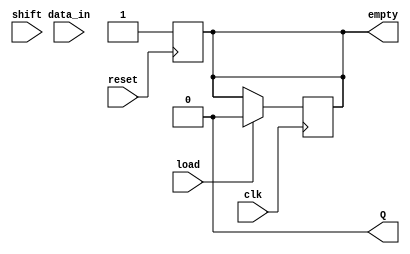
module fifo_piso #(
    parameter WIDTH = 8  // Define the width of the data bus
)(
    input wire clk,         // Clock signal
    input wire reset,       // Asynchronous reset signal
    input wire load,        // Load signal
    input wire shift,       // Shift signal
    input wire [WIDTH-1:0] data_in, // Parallel input data
    output reg Q,           // Serial output
    output reg empty        // Empty flag
);

    reg [WIDTH-1:0] fifo_reg; // Register to hold the data
    reg [3:0] count;           // Counter to track the number of bits loaded
    reg [3:0] shift_index;     // Index for shifting out data

    initial begin
        fifo_reg = 0;
        count = 0;
        shift_index = 0;
        empty = 1; // Initially empty
        Q = 0;     // Initial serial output
    end

    // Asynchronous reset
    always @(posedge reset) begin
        fifo_reg <= 0;
        count <= 0;
        shift_index <= 0;
        empty <= 1;
        Q <= 0;
    end

    // Loading data into the FIFO
    always @(posedge clk) begin
        if (load) begin
            fifo_reg <= data_in; // Load data in parallel
            count <= WIDTH;      // Set count to WIDTH (full)
            empty <= 0;         // FIFO is not empty
            shift_index <= 0;    // Reset shift index
        end
        else if (shift) begin
            if (count > 0) begin
                Q <= fifo_reg[shift_index]; // Output the current bit
                shift_index <= shift_index + 1; // Move to the next bit
                count <= count - 1; // Decrement count
                if (count == 1) begin
                    empty <= 1; // Set empty flag when no bits left
                end
            end
        end
    end

endmodule